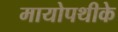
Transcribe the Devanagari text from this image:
मायोपथीके